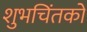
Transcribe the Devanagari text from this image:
शुभचिंतको